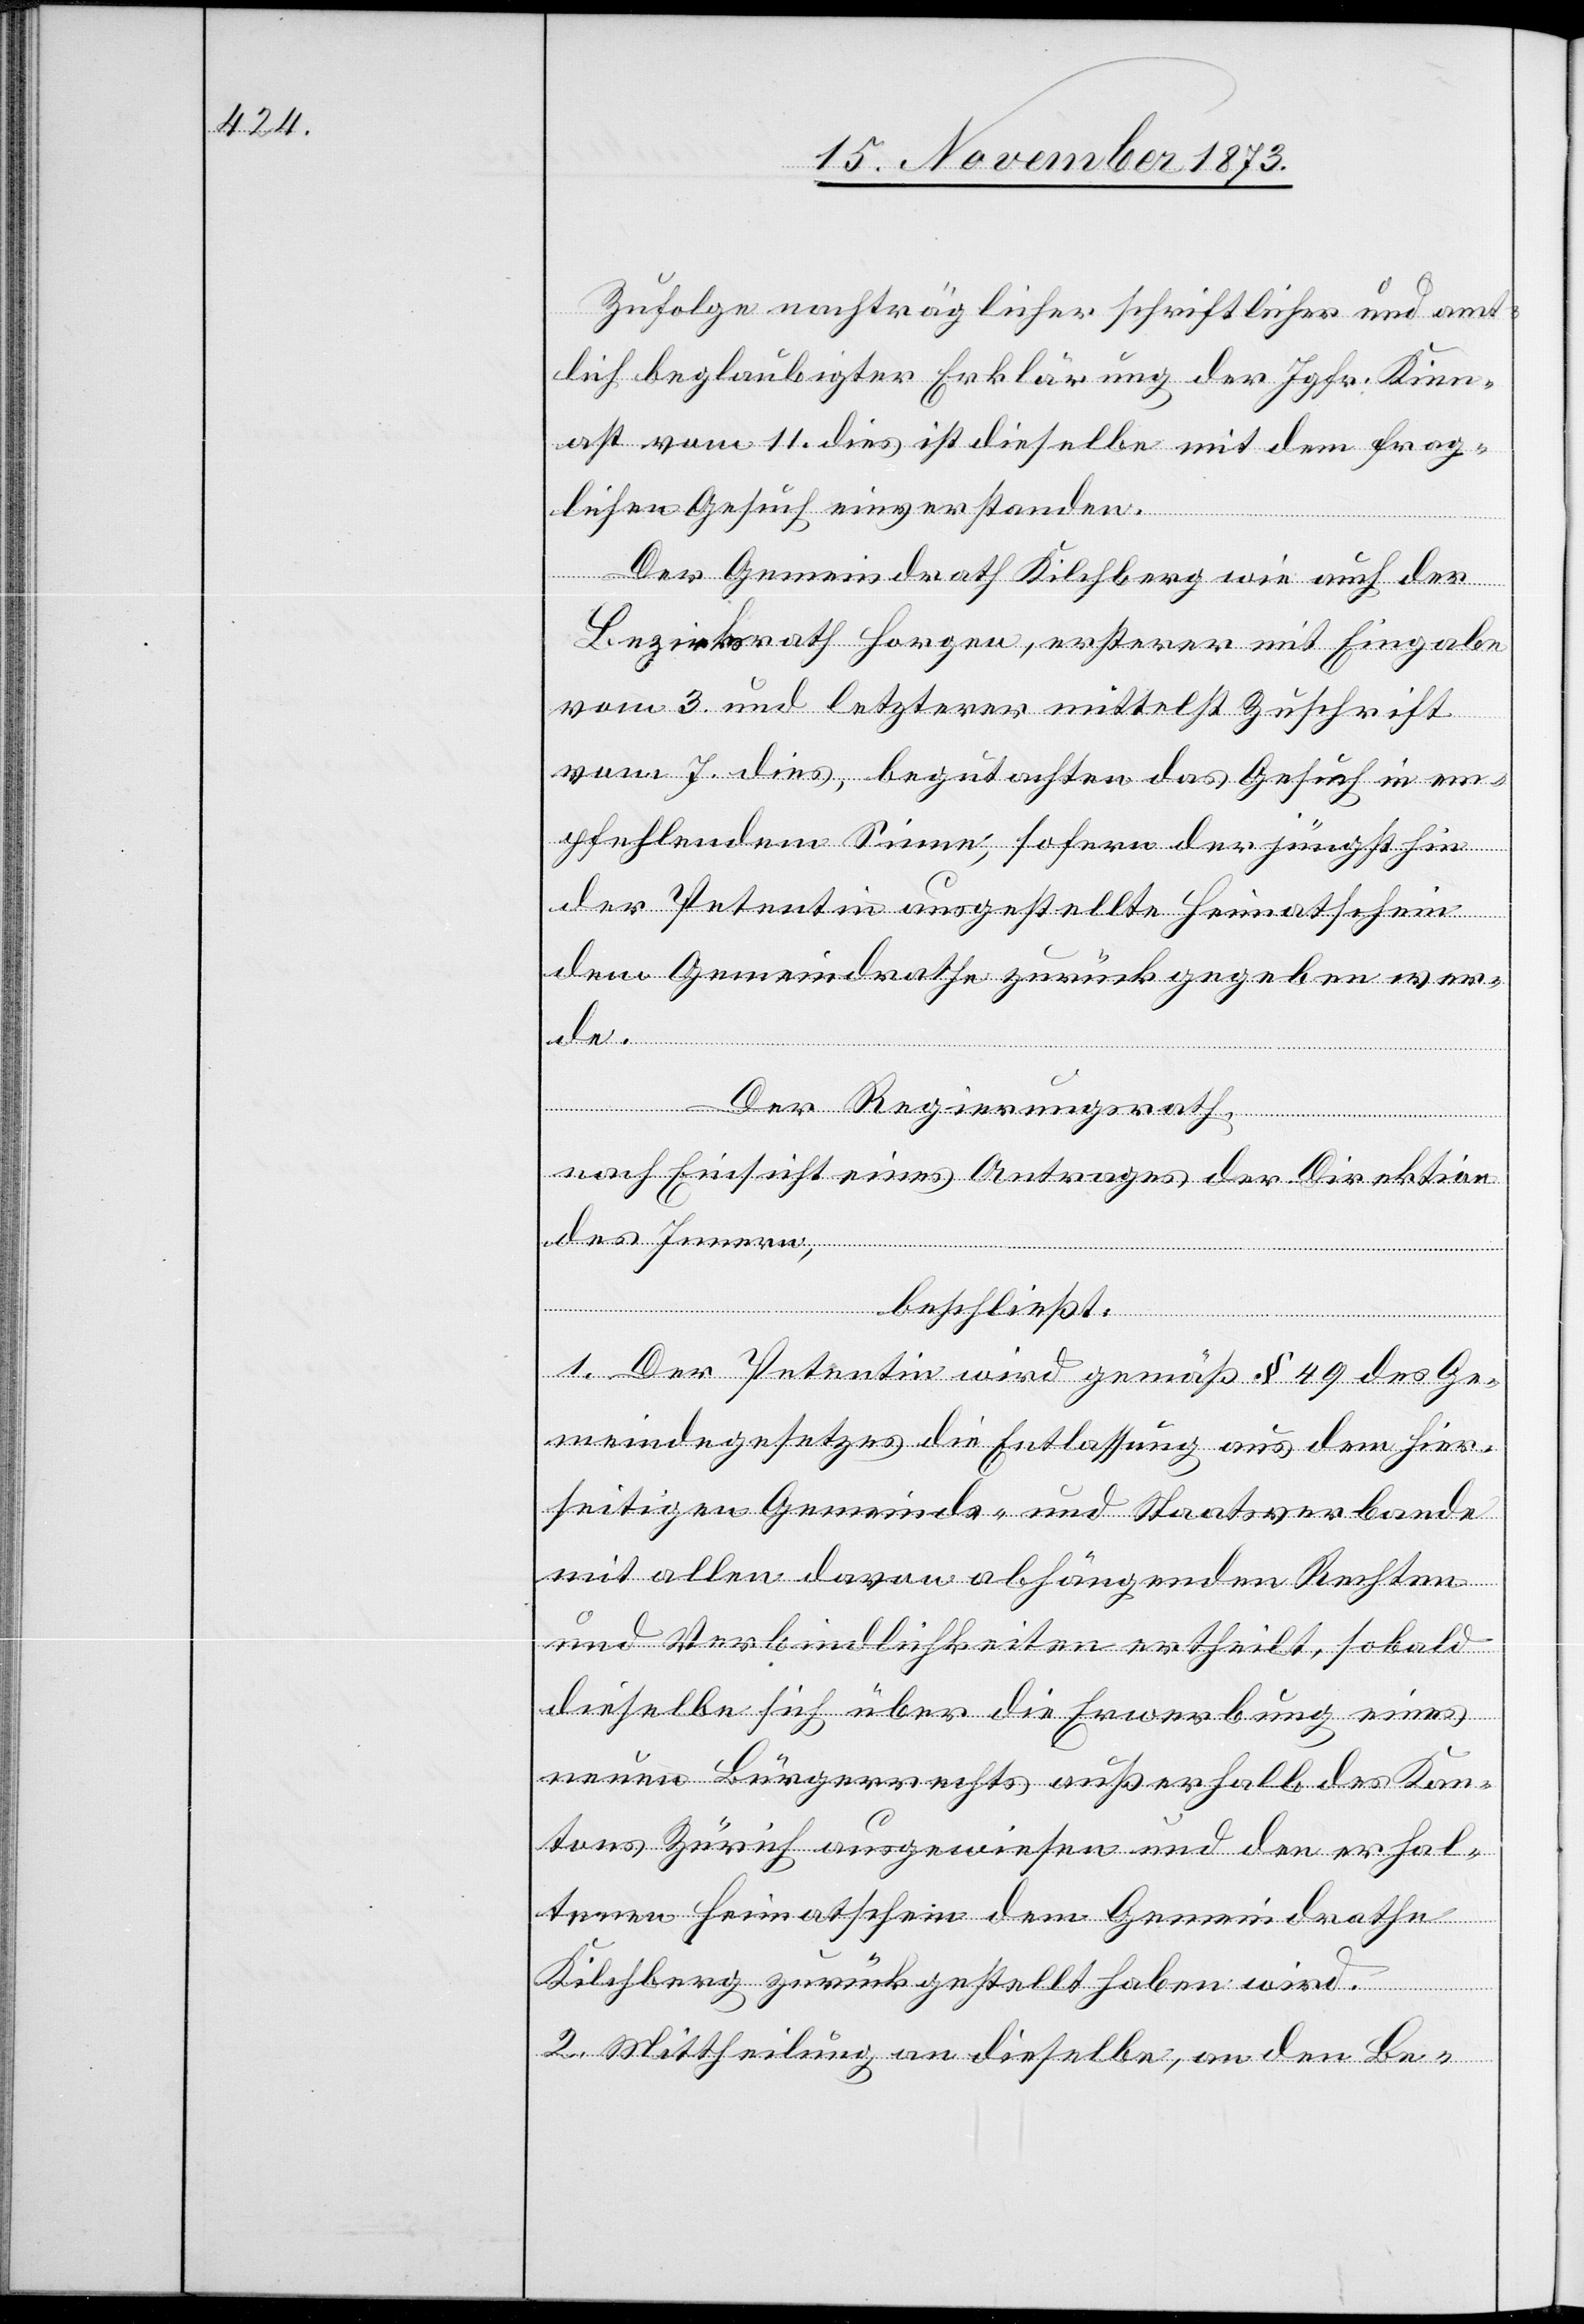
Zufolge nachträglicher schriftlicher und amt¬
lich beglaubigter Erklärung der Jgfr. Kien¬
ast vom 11. dies ist dieselbe mit dem frag¬
lichen Gesuch einverstanden.
Der Gemeindrath Kilchberg wie auch der
Bezirksrath Horgen, ersterer mit Eingabe
vom 3. und letzterer mittelst Zuschrift
vom 7. dies, begutachten das Gesuch in em¬
pfehlendem Sinne, sofern der jüngsthin
der Petentin ausgestellte Heimatschein
dem Gemeindrathe zurück gegeben wer¬
des Innern,
Der Regierungsrath,
nach Einsicht eines Antrages der Direktion
beschließt:
de.
1. Der Petentin wird gemäß § 49 des Ge¬
meindegesetzes die Entlassung aus dem hier¬
seitigen Gemeinds- und Staatsverbande
mit allen davon abhängenden Rechten
und Verbindlichkeiten ertheilt, sobald
dieselbe sich über die Erwerbung eines
neuen Bürgerrechts außerhalb des Kan¬
tons Zürich ausgewiesen und den erhal¬
tenen Heimatschein dem Gemeindrathe
Kilchberg zurückgestellt haben wird.
2. Mittheilung an dieselbe, an den Be-